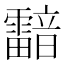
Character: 𩆢